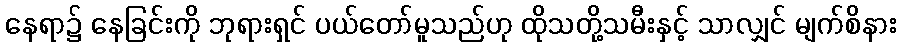
နေရာ၌ နေခြင်းကို ဘုရားရှင် ပယ်တော်မူသည်ဟု ထိုသတို့သမီးနှင့် သာလျှင် မျက်စိနား